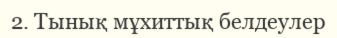
2. Тынық мұхиттық белдеулер